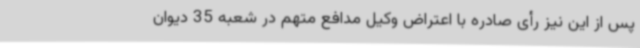
پس از این نیز رأی صادره با اعتراض وکیل مدافع متهم در شعبه 35 دیوان